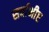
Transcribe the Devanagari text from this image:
सर्वाभीष्ट